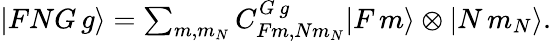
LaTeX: \begin{array}{r}{|FNG\, g\rangle=\sum_{m,m_{N}}C_{Fm,Nm_{N}}^{G\, g}|F\, m\rangle\otimes|N\, m_{N}\rangle.}\end{array}